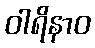
ဝါရိနာဝ